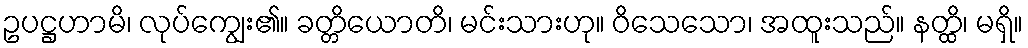
ဥပဋ္ဌဟာမိ၊ လုပ်ကျွေး၏။ ခတ္တိယောတိ၊ မင်းသားဟု။ ဝိသေသော၊ အထူးသည်။ နတ္ထိ၊ မရှိ။